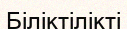
Біліктілікті